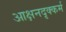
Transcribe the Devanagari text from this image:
आक्षनदृक्कर्म